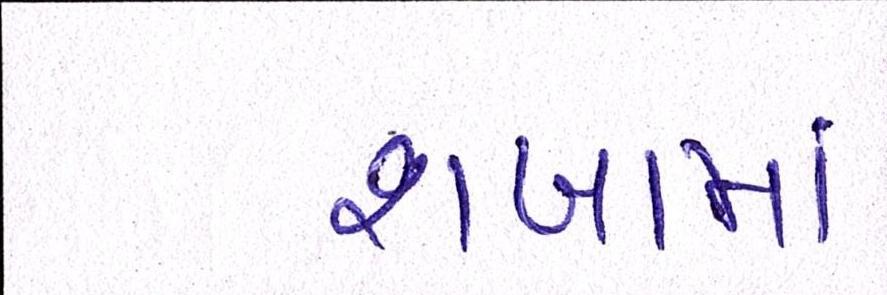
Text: શાખામાં